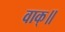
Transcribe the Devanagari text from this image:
वाक्॥